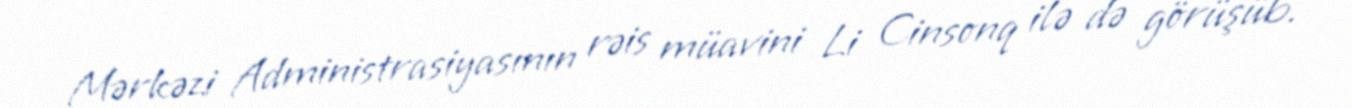
Mərkəzi Administrasiyasının rəis müavini Li Cinsonq ilə də görüşüb.